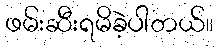
ဖမ်းဆီးရမိခဲ့ပါတယ်။